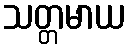
သတ္တမာယ